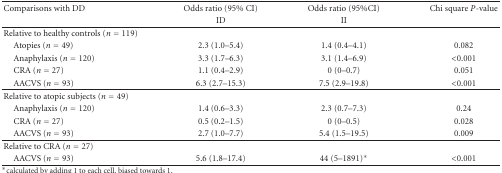
<table><thead><tr><td><b>Comparisons with DD</b></td><td><b>Odds ratio (95% CI)</b></td><td><b>Odds ratio (95%CI)</b></td><td><b>Chi square <i>P</i>-value</b></td></tr><tr><td><b> </b></td><td><b>ID</b></td><td><b>II</b></td><td><b> </b></td></tr></thead><tbody><tr><td>Relative to healthy controls (<i>n</i> = 119)</td><td> </td><td> </td><td> </td></tr><tr><td> Atopies (<i>n</i> = 49)</td><td>2.3 (1.0–5.4)</td><td>1.4 (0.4–4.1)</td><td>0.082</td></tr><tr><td> Anaphylaxis (<i>n</i> = 120)</td><td>3.3 (1.7–6.3)</td><td>3.1 (1.4–6.9)</td><td>&lt;0.001</td></tr><tr><td> CRA (<i>n</i> = 27)</td><td>1.1 (0.4–2.9)</td><td>0 (0–0.7)</td><td>0.051</td></tr><tr><td> AACVS (<i>n</i> = 93)</td><td>6.3 (2.7–15.3)</td><td>7.5 (2.9–19.8)</td><td>&lt;0.001</td></tr><tr><td>Relative to atopic subjects (<i>n</i> = 49)</td><td> </td><td> </td><td> </td></tr><tr><td> Anaphylaxis (<i>n</i> = 120)</td><td>1.4 (0.6–3.3)</td><td>2.3 (0.7–7.3)</td><td>0.24</td></tr><tr><td> CRA (<i>n</i> = 27)</td><td>0.5 (0.2–1.5)</td><td>0 (0–0.5)</td><td>0.028</td></tr><tr><td> AACVS (<i>n</i> = 93)</td><td>2.7 (1.0–7.7)</td><td>5.4 (1.5–19.5)</td><td>0.009</td></tr><tr><td>Relative to CRA (<i>n</i> = 27)</td><td> </td><td> </td><td> </td></tr><tr><td> AACVS (<i>n</i> = 93)</td><td>5.6 (1.8–17.4)</td><td>44 (5–1891)*</td><td>&lt;0.001</td></tr></tbody></table>